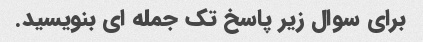
برای سوال زیر پاسخ تک جمله ای بنویسید.